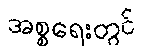
အစ္စရေးတွင်